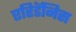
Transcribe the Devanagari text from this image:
एरिडॅनिस